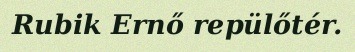
Rubik Ernő repülőtér.